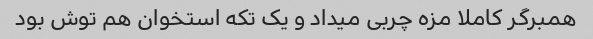
همبرگر کاملا مزه چربی میداد و یک تکه استخوان هم توش بود